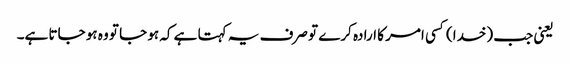
یعنی جب (خدا) کسی امر کا ارادہ کرے تو صرف یہ کہتا ہے کہ ہو جا تو وہ ہو جاتا ہے۔